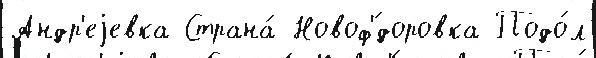
Андр'еjевка Страна́ Новоф'́доровка Подо́л